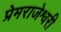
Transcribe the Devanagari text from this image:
प्रेमराजेश्वरी